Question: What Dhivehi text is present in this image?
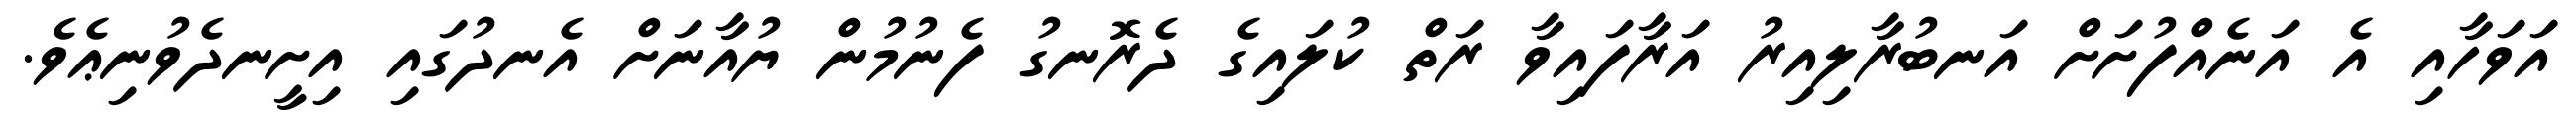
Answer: އަވަހާއި އެ އަނެއްފުށަށް އަނބުރާލިއިރު އަރާފައިވާ ރަތް ކުލައިގެ ދެރޮނގު ފެނުމުން ޔުއާނަށް އެނދުގައި އިށީނދެވުނިޢެވެ.